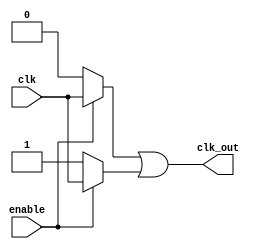
module clock_gating (
    input wire clk,      // Primary clock signal
    input wire enable,   // Enable signal for clock gating
    output wire clk_out  // Gated clock output
);

// Internal signals for the clock gating logic
wire nmos_out; // Output from nMOS transistor
wire pmos_out; // Output from pMOS transistor

// nMOS transistor logic: active when enable is high
assign nmos_out = enable ? clk : 1'b0; // If enable is high, pass clk; else output 0

// pMOS transistor logic: active when enable is low
assign pmos_out = ~enable ? 1'b1 : clk; // If enable is low, pass 1; else output clk

// Combining the outputs of nMOS and pMOS to produce the gated clock
assign clk_out = nmos_out | pmos_out; // OR the outputs to get the gated clock

endmodule